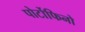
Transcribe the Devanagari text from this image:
पोर्टोफिनो